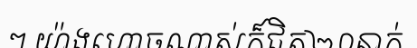
ៗ យ៉ាងហោចណាស់ក៏ជិត២០នាក់